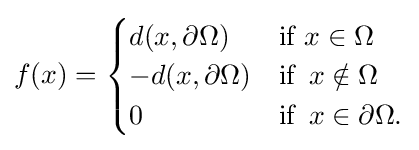
f(x)={\begin{cases}d(x,\partial \Omega )&{\text{if }}x\in \Omega \\-d(x,\partial \Omega )&{\text{if }}\,x\notin \Omega \\0&{\text{if }}\,x\in \partial \Omega .\end{cases}}